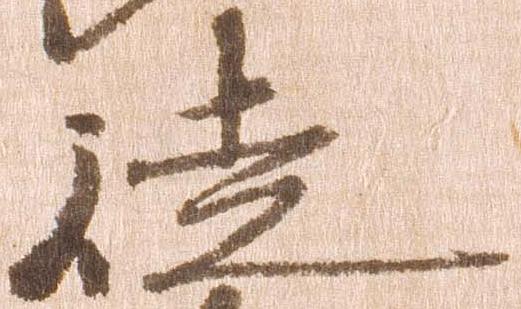
徒